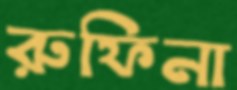
রুফিনা